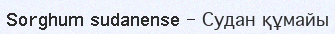
Sorghum sudanense – Судан құмайы